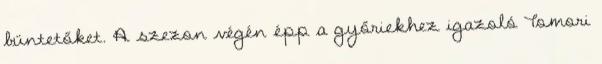
büntetőket. A szezon végén épp a győriekhez igazoló Tomori